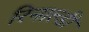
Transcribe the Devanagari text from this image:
रिनाल्डी